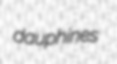
dauphines